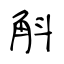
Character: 斛